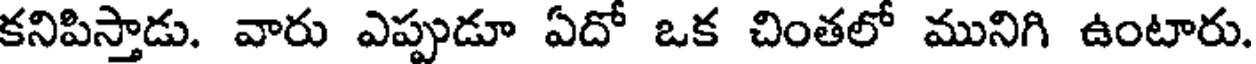
కనిపిస్తాడు. వారు ఎప్పుడూ ఏదో ఒక చింతలో మునిగి ఉంటారు.